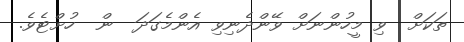
ތަކަށް  ވި މީހުންނަށް ވޭންދެނިވި އެންމެގަދަ  ން  ހުށްޓެވެ.